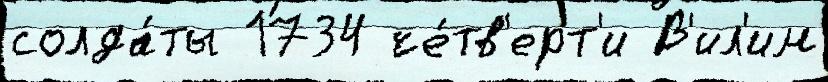
солда́ты 1734 че́тв'ерт'и В'ил'им